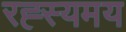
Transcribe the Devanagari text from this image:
रह्स्यमय